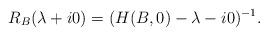
LaTeX: \begin{align*} R_B(\lambda+i0) = (H(B,0)-\lambda-i0)^{-1}.\end{align*}